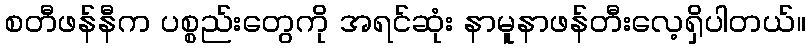
စတီဖန်နီက ပစ္စည်းတွေကို အရင်ဆုံး နာမူနာဖန်တီးလေ့ရှိပါတယ်။